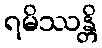
ရမိဿန္တိ